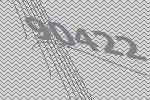
90422